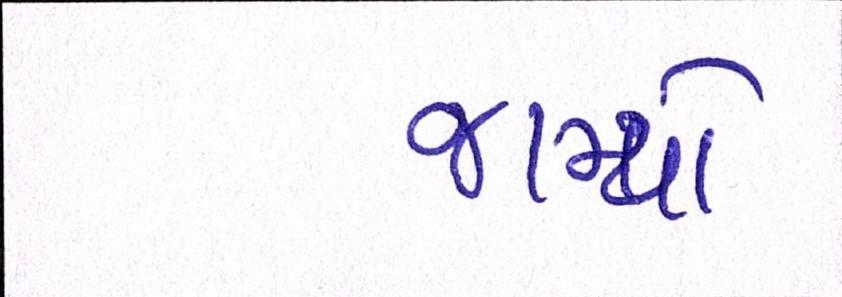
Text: જામ્યો